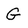
Character: G